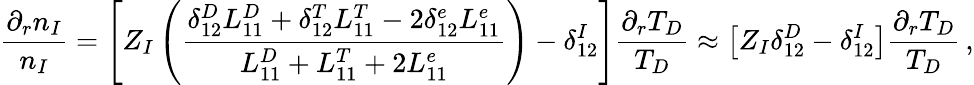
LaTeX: \frac{\partial_{r}n_{I}}{n_{I}}=\left[Z_{I}\left(\frac{\delta_{12}^{D}L_{11}^{D}+\delta_{12}^{T}L_{11}^{T}-2\delta_{12}^{e}L_{11}^{e}}{L_{11}^{D}+L_{11}^{T}+2L_{11}^{e}}\right)-\delta_{12}^{I}\right]\frac{\partial_{r}T_{D}}{T_{D}}\approx\left[Z_{I}\delta_{12}^{D}-\delta_{12}^{I}\right]\frac{\partial_{r}T_{D}}{T_{D}}\, ,